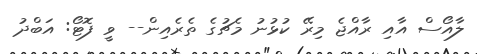
ލާއޯސް އާއި ރާއްޖެ މިރޭ ކުޅުނު މެޗުގެ ތެރެއިން-- ވީ ފޮޓޯ: އަބްދު